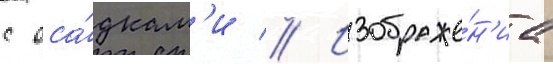
с оса́дкам'и // Изображе́н'иа